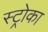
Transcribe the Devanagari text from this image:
स्ट्रोका